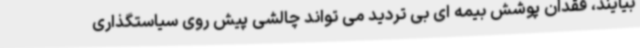
بیایند، فقدان پوشش بیمه ای بی تردید می تواند چالشی پیش روی سیاستگذاری